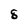
Character: 8